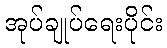
အုပ်ချုပ်ရေးပိုင်း